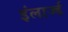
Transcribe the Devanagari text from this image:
इंलार्ज्ड